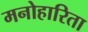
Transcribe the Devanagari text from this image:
मनोहारिता